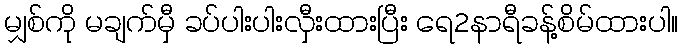
မျှစ်ကို မချက်မှီ ခပ်ပါးပါးလှီးထားပြီး ရေ2နာရီခန့်စိမ်ထားပါ။